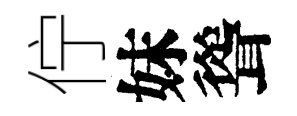
佇妹聳